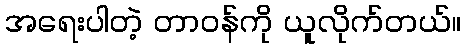
အရေးပါတဲ့ တာဝန်ကို ယူလိုက်တယ်။